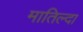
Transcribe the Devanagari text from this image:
मातिल्दा